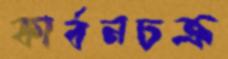
কার্বনচক্র